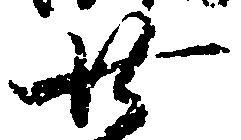
廿